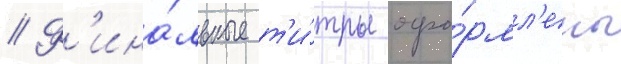
// Ф'ина́льные т'и́тры офо́рмл'ены